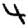
Digit: 4